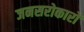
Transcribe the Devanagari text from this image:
जनसरोकारों